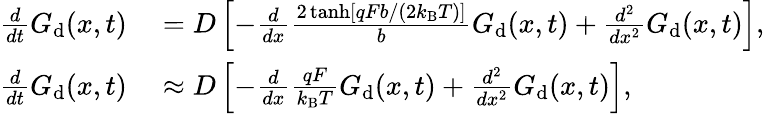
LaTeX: \begin{array}{rl}{\frac{d}{dt}G_{\mathrm{d}}(x,t)}&{{}=D\left[-\frac{d}{dx}\frac{2\operatorname{tanh}[qFb/(2k_{\mathrm{B}}T)]}{b}G_{\mathrm{d}}(x,t)+\frac{d^{2}}{dx^{2}}G_{\mathrm{d}}(x,t)\right],}\\ {\frac{d}{dt}G_{\mathrm{d}}(x,t)}&{{}\approx D\left[-\frac{d}{dx}\frac{qF}{k_{\mathrm{B}}T}G_{\mathrm{d}}(x,t)+\frac{d^{2}}{dx^{2}}G_{\mathrm{d}}(x,t)\right],}\end{array}